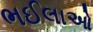
ભઈલાઓ